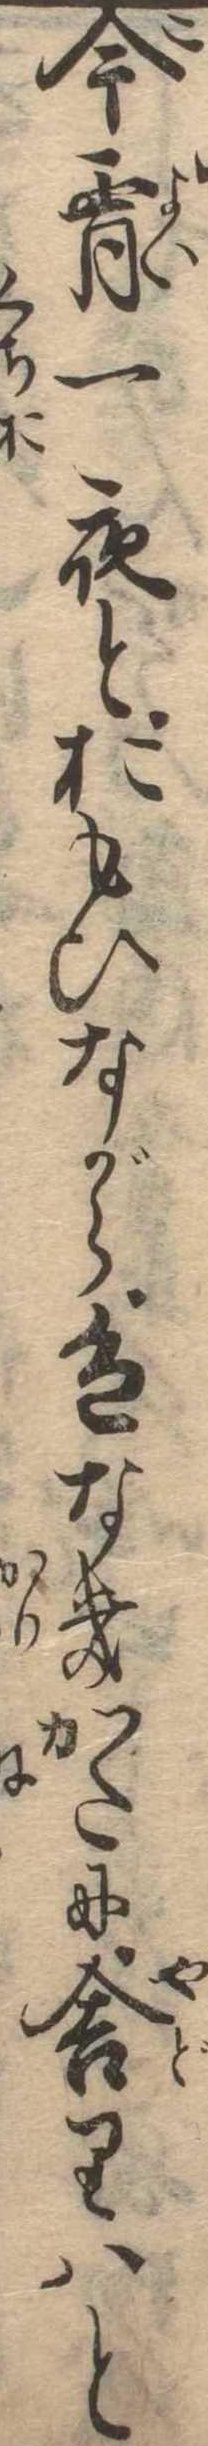
今宵一夜とおもひながら色なきかたに舎りはと